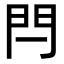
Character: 閂